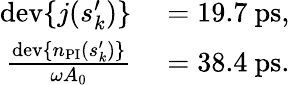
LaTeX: \begin{array}{rl}{\mathrm{dev}\{ j(s_{k}^{\prime})\} }&{{}=19.7~\mathrm{ps},}\\ {\frac{\mathrm{dev}\{ n_{\mathrm{PI}}(s_{k}^{\prime})\} }{\omega A_{0}}}&{{}=38.4~\mathrm{ps}.}\end{array}